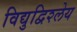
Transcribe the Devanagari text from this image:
विद्युद्विश्लेय